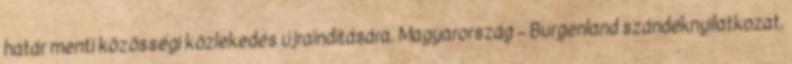
határ menti közösségi közlekedés újraindítására. Magyarország – Burgenland szándéknyilatkozat,